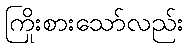
ကြိုးစားသော်လည်း